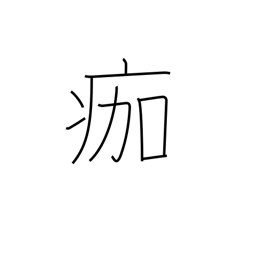
Meaning: slough